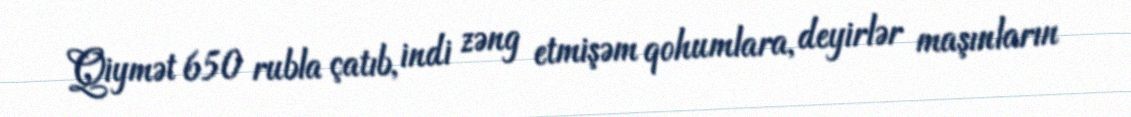
Qiymət 650 rubla çatıb, indi zəng etmişəm qohumlara, deyirlər maşınların